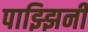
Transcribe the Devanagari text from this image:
पाझ्झिनी